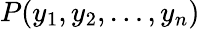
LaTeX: P(y_{1},y_{2},\ldots,y_{n})